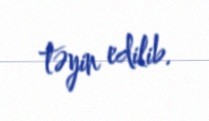
təyin edilib.